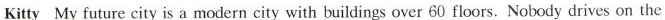
Kitty My future city is a modern city with buildings over 60 floors. Nobody drives on the